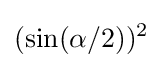
(\sin(\alpha /2))^{2}